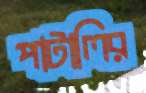
পাটালির